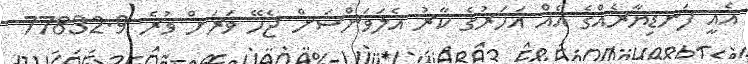
އެއީ ފަނޑިޔާރެއްގެ އެއް އަހަރުގެ ކާރު އެލަވަންސަށް ޖެހޭ ވަރަށް ވުރެ 77832.9